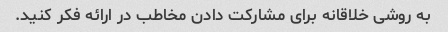
به روشی خلاقانه برای مشارکت دادن مخاطب در ارائه فکر کنید.